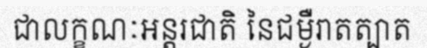
ជាលក្ខណៈអន្តរជាតិ នៃជម្ងឺរាតត្បាត